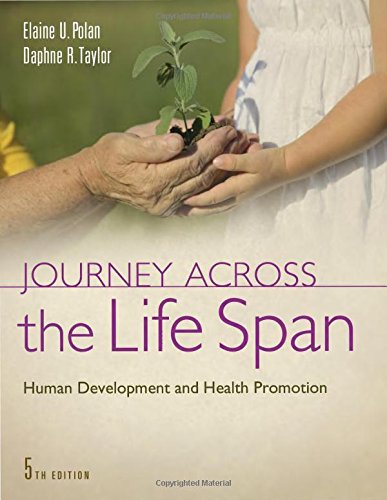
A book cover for Journey Across the Life Span: Human Development and Health Promotion; Elaine U. Polan RNC  MS  PhD; Medical Books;